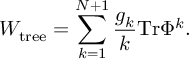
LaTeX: W _ { \mathrm { t r e e } } = \sum _ { k = 1 } ^ { N + 1 } \frac { g _ { k } } { k } \mathrm { T r } \Phi ^ { k } .